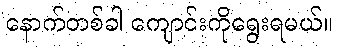
နောက်တစ်ခါ ကျောင်းကိုရွေးရမယ်။